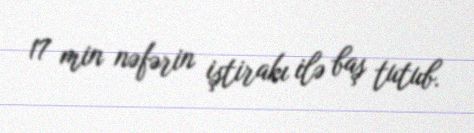
17 min nəfərin iştirakı ilə baş tutub.